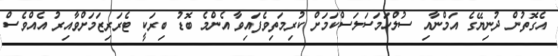
އެގޮތުން ދުނިޔޭގެ އަމްނާއި ސުލްހަމަސަލަސްކަމަށް ކުރިމަތިވެފައިވާ އެންމެ ބޮޑު ބިރަކީ ޓެރަރިޒަމަށްވާއިރު އެއްވެސް